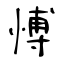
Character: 愽